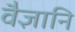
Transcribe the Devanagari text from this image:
वैज्ञानि